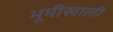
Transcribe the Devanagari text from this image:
भूमीखाली